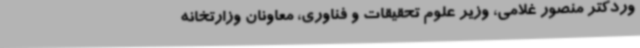
وردکتر منصور غلامی، وزیر علوم تحقیقات و فناوری، معاونان وزارتخانه